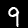
Digit: 9